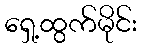
ရှေ့ထွက်မိုင်း